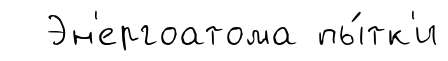
Эн'ергоатома пы́тк'и